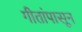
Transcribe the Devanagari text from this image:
गीतांपासून